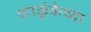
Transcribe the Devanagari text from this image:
शाळुंकेच्या